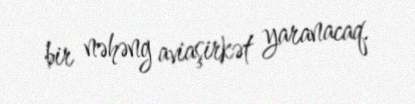
bir nəhəng aviaşirkət yaranacaq.